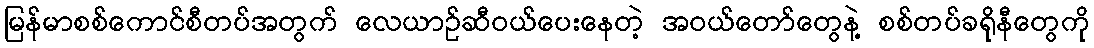
မြန်မာစစ်ကောင်စီတပ်အတွက် လေယာဉ်ဆီဝယ်ပေးနေတဲ့ အဝယ်တော်တွေနဲ့ စစ်တပ်ခရိုနီတွေကို